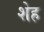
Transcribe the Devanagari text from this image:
शेह